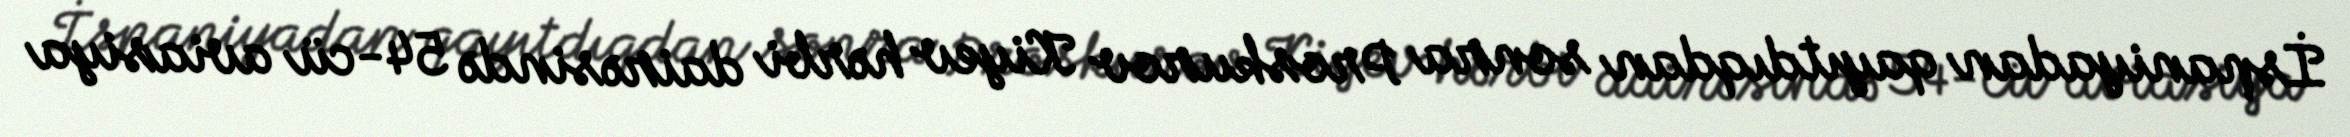
İspaniyadan qayıtdıqdan sonra Proskurov Kiyev hərbi dairəsində 54-cü aviasiya